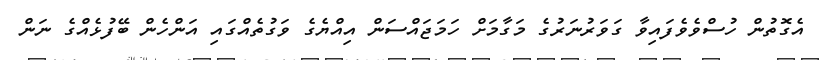
އެގޮތުން ހުސްވެވެފައިވާ ގަވަރުނަރުގެ މަގާމަށް ހަމަޖައްސަން އިއްޔެގެ ވަގުތެއްގައި އަންހެން ބޭފުޅެއްގެ ނަން